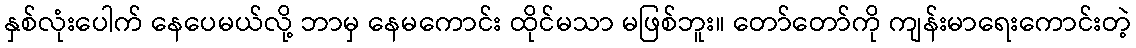
နှစ်လုံးပေါက် နေပေမယ်လို့ ဘာမှ နေမကောင်း ထိုင်မသာ မဖြစ်ဘူး။ တော်တော်ကို ကျန်းမာရေးကောင်းတဲ့